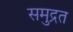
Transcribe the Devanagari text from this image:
समुद्रत